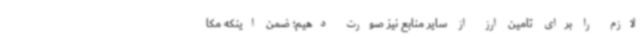
لازم را برای تامین ارز از سایر منابع نیز صورت دهیم؛ ضمن اینکه مکا